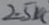
Text: 2.5K